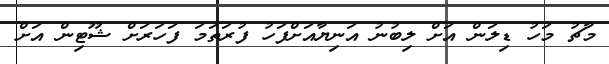
މާޗު މަހު ޑިލަން އަށް ލިބުނު އަނިޔާއަށްފަހު ފުރަތަމަ ފަހަރަށް ޝޫޓިން އަށް